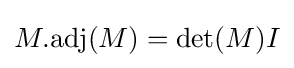
M.\mathrm {adj} (M)=\det(M)I